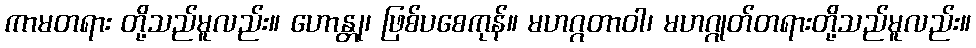
ကာမတရား တို့သည်မူလည်း။ ဟောန္တု၊ ဖြစ်ပစေကုန်။ မဟဂ္ဂတာဝါ၊ မဟဂ္ဂုတ်တရားတို့သည်မူလည်း။